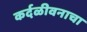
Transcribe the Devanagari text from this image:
कर्दळीवनाचा